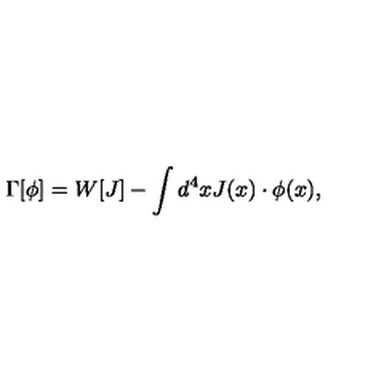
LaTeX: \Gamma [ \phi ] = W [ J ] - \int d ^ { 4 } x J ( x ) \cdot \phi ( x ) ,